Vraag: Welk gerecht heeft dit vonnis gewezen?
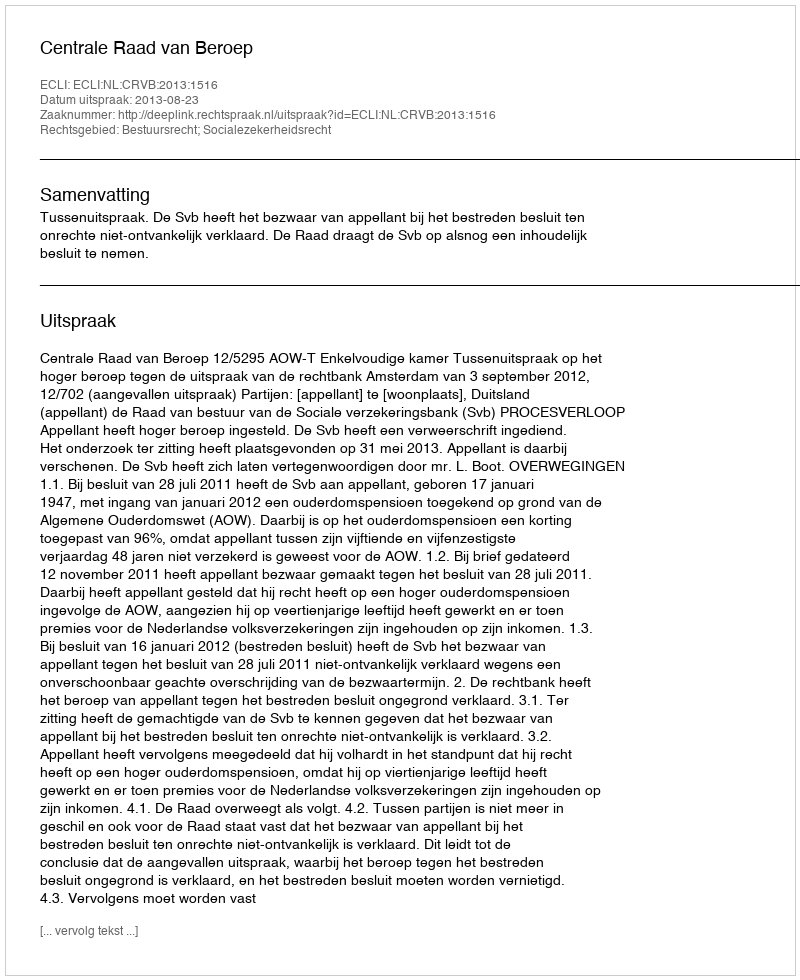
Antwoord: Centrale Raad van Beroep